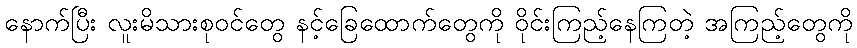
နောက်ပြီး လူးမိသားစုဝင်တွေ နင့်ခြေထောက်တွေကို ဝိုင်းကြည့်နေကြတဲ့ အကြည့်တွေကို